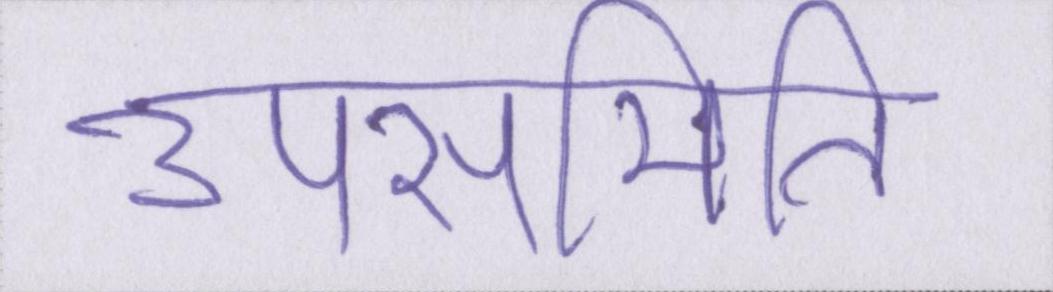
उपसमिति